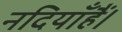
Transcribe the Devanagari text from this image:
नदियाँहैं।